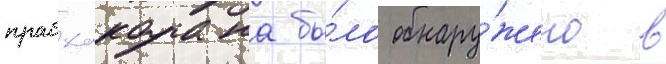
прабхакарана бы́ло обнару́жено в